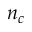
n _ { c }